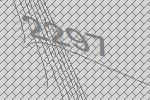
2297